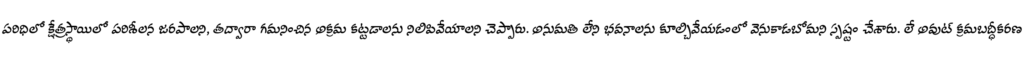
పరిధిలో క్షేత్రస్థాయిలో పరిశీలన జరపాలని, తద్వారా గమనించిన అక్రమ కట్టడాలను నిలిపివేయాలని చెప్పారు. అనుమతి లేని భవనాలను కూల్చివేయడంలో వెనుకాడబోమని స్పష్టం చేశారు. లే అవుట్ క్రమబద్ధీకరణ